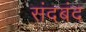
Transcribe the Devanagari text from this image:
संदबंद